Lunatic asylums Burma 1907-21 - 1907-1921
Year: 1907
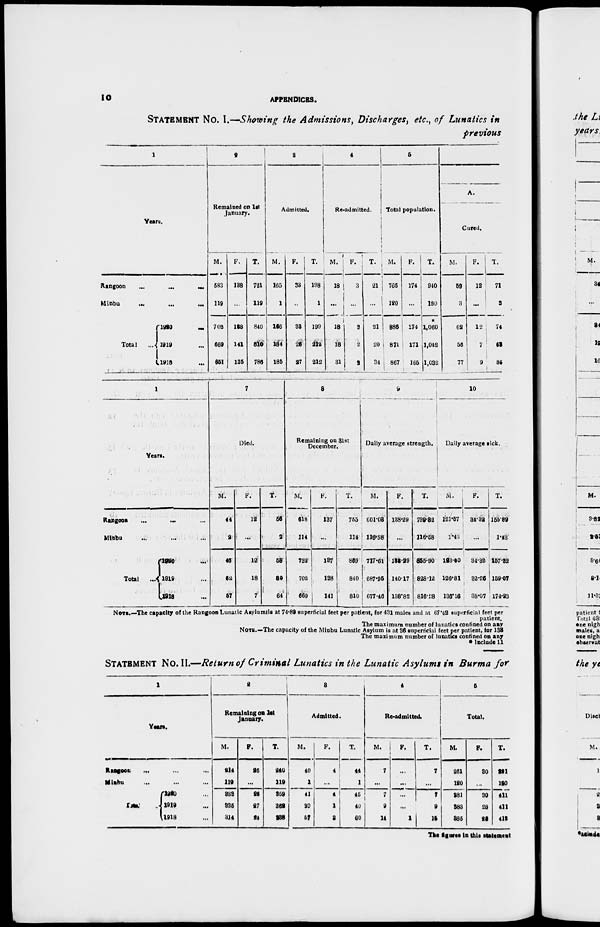
10
APPENDICES.
STATEMENT No. I.—Showing the Admissions, Discharges, etc., of Lunatics in
previous
1
Years.
Rangoon
...
...
...
Minbu
...
...
...
Total
...
1920
...
1919 ...
1918 ...
2
Remained on 1st
January.
M.
583
119
702
669
651
F.
138
...
138
141
135
T.
721
119
840
810
786
3
Admitted.
M.
165
1
166
184
185
F.
38
...
38
28
27
T.
198
1
199
212
212
4
Re-admitted.
M.
18
...
18
18
31
F.
3
...
3
2
2
T.
21
...
21
20
34
5
Total population.
M.
766
120
886
871
867
F.
174
...
174
171
165
T.
940
120
*
1,060
1,042
1,032
A.
Cured.
M.
59
3
62
56
77
F.
12
...
12
7
9
T.
71
3
74
63
86
1
Years.
Rangoon ... ... ...
Minbu ... ... ...
Total
...
1920 ...
1919 ...
1918 ...
7
Died.
M.
44
2
46
62
57
F.
19
...
12
18
7
T.
56
2
58
80
64
8
Remaining on 31st
December.
M.
618
114
732
702
669
F.
137
...
137
138
141
T.
765
114
859
840
810
9
Daily average strength.
M.
601.08
116.58
717.61
687.95
677.46
F.
138.29
...
138.29
140.17
138.82
T.
739.32
116.58
855.90
828.12
816.28
10
Daily average sick.
M.
121.57
1.45
123.00
126.81
136.16
F.
34.32
...
34.32
32.26
38.07
T.
155.89
1.43
157.32
159.07
174.23
NOTE.—The capacity of the Rangoon Lunatic Asylums is at 74.89 superficial feet per patient, for 431 males and at 67.42 superficial feet per
patient.
The maximum number of lunatics confined on any
NOTE.—The capacity of the Minbu Lunatic Asylum is at 36 superficial feet per patient, for 135
The maximum number of lunatics confined on any
* Include 11
STATEMENT NO. II.—Return of Criminal Lunatics in the Lunatic Asylums in Burma for
1
Years.
Rangoon ... ... ...
Minbu ... ... ...
Total
1920 ...
1919 ...
1918 ...
9
Remaining on 1st
January.
M.
214
119
333
335
314
F.
26
...
26
27
24
T.
240
119
359
362
338
3
Admitted.
M.
40
1
41
39
57
F.
4
...
4
1
3
T.
44
1
45
40
60
4
Re-admitted.
M.
7
...
7
9
14
F.
...
...
...
...
1
T.
7
...
7
9
15
5
Totol.
M.
261
120
281
383
385
F.
30
...
30
28
28
T.
291
120
411
411
413
The figures in this statement